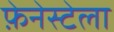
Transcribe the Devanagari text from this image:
फ़ेनेस्टेला